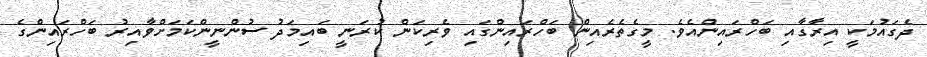
ދެގައުމަކީ އިރާގާއި ބަހްރައިންއެވެ. މީގެތެރެއިން ބަހްރައިންގައި ވެރިކަން ކުރަނީ ބައިމަދު ސުންނީންކަމަށްވާއިރު ބަހްރައިންގެ